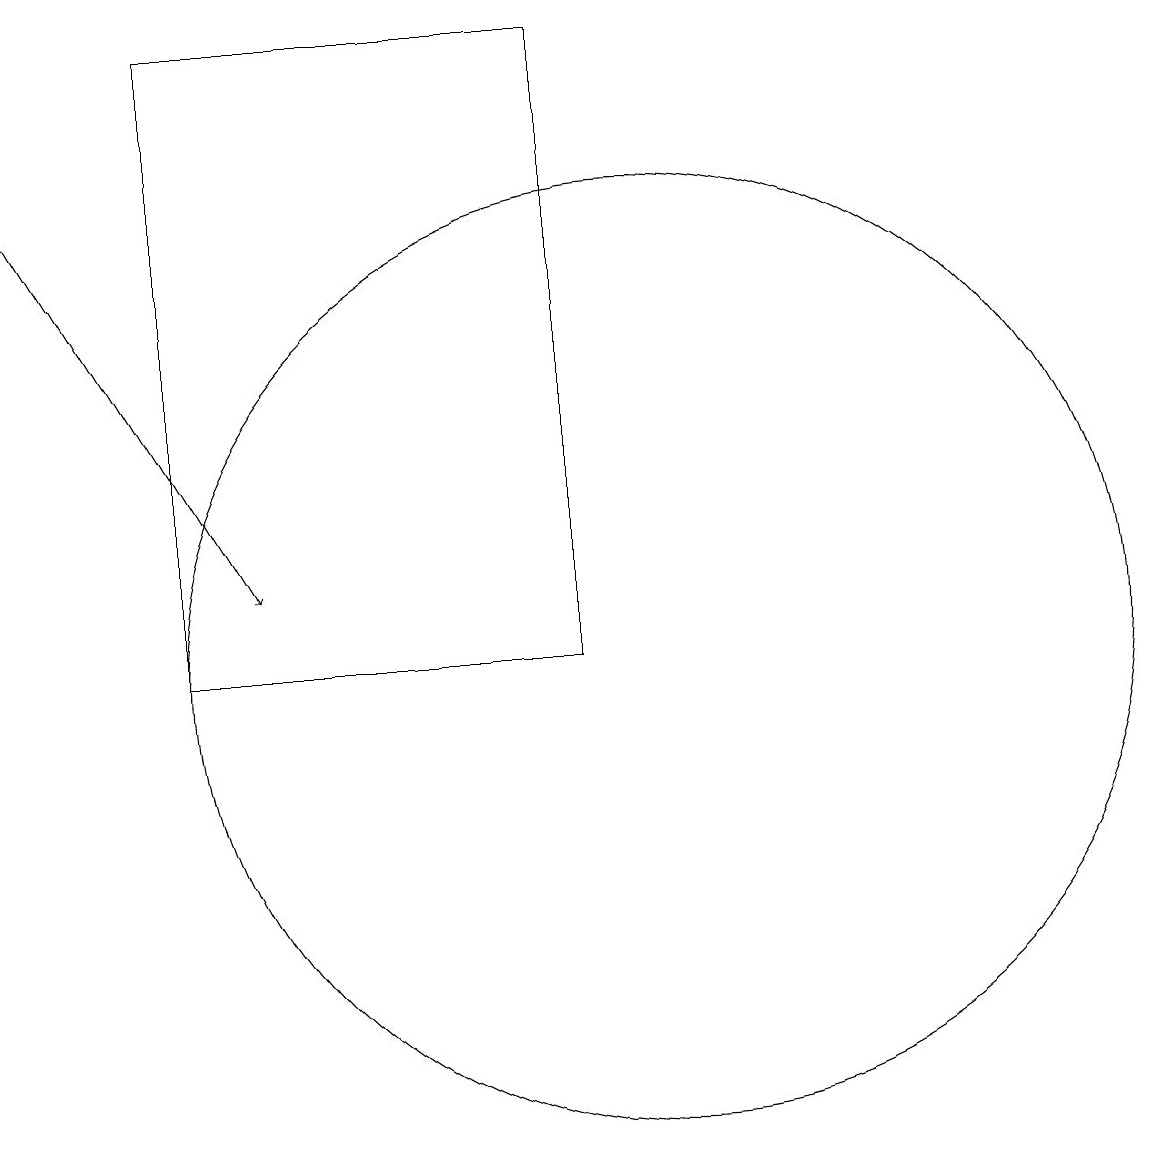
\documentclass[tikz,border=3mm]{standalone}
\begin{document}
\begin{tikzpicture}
\draw (10,10) circle (6);
\draw (4,18) rectangle (9,10);
\draw[->] (2,16) -- (5,11);
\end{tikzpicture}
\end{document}